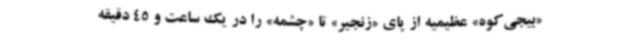
«بیجی‌کوه» عظیمیه از پای «زنجیر» تا «چشمه» را در یک ساعت و 45 دقیقه